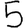
Digit: 5